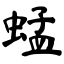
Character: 蜢